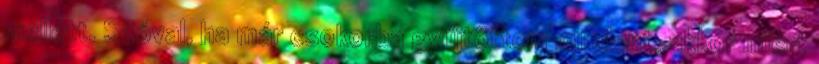
mellett. Szóval, ha már csokorba gyűjtöttem mindent, akkor miért